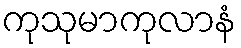
ကုသုမာကုလာနံ